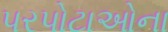
પરપોટાઓના